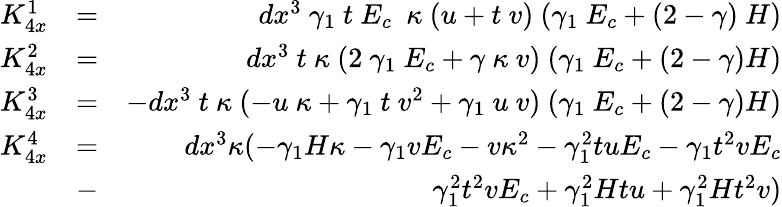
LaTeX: \begin{array}{rlr}{K_{4x}^{1}}&{=}&{dx^{3}~\gamma_{1}~t~E_{c}~~\kappa~(u+t~v)~(\gamma_{1}~E_{c}+(2-\gamma)~H)}\\ {K_{4x}^{2}}&{=}&{dx^{3}~t~\kappa~(2~\gamma_{1}~E_{c}+\gamma~\kappa~v)~(\gamma_{1}~E_{c}+(2-\gamma)H)}\\ {K_{4x}^{3}}&{=}&{-dx^{3}~t~\kappa~(-u~\kappa+\gamma_{1}~t~v^{2}+\gamma_{1}~u~v)~(\gamma_{1}~E_{c}+(2-\gamma)H)}\\ {K_{4x}^{4}}&{=}&{dx^{3}\kappa(-\gamma_{1}H\kappa-\gamma_{1}vE_{c}-v\kappa^{2}-\gamma_{1}^{2}tuE_{c}-\gamma_{1}t^{2}vE_{c}}\\ &{-}&{\gamma_{1}^{2}t^{2}vE_{c}+\gamma_{1}^{2}Htu+\gamma_{1}^{2}Ht^{2}v)}\end{array}